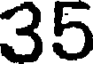
35